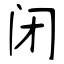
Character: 闭